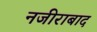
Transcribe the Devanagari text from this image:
नजीराबाद